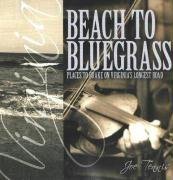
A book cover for Beach to Bluegrass: Places to Brake on Virginia's Longest Road; Joe Tennis; Travel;